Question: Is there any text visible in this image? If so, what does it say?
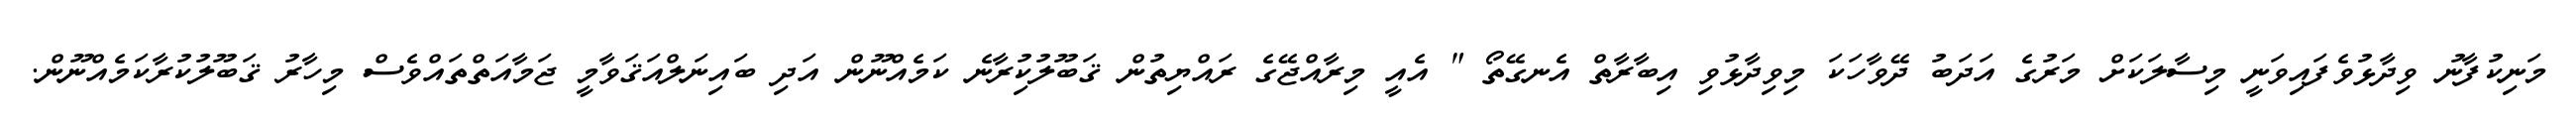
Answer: މަނިކުފާނު ވިދާޅުވެފައިވަނީ މިސާލަކަށް މަރުގެ އަދަބު ދޭވާހަކަ މިވިދާޅުވި އިބާރާތް އެނގޭތޯ " އެއީ މިރާއްޖޭގެ ރައްޔިތުން ޤަބޫލުކުިރާނެ ކަމެއްނޫން އަދި ބައިނަލްއަޤަވާމީ ޖަމާއަތްތައްވެސް މިހާރު ޤަބޫލުކުރާކަމެއްނޫން.